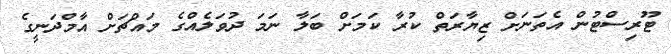
ޓޫރިސްޓުން އެތަނަށް ޒިޔާރަތް ކުރާ ކަމަށް ބަލާ ނަމަ ދުވަލެއްގެ މައްޗަށް އާމްދަނީގެ